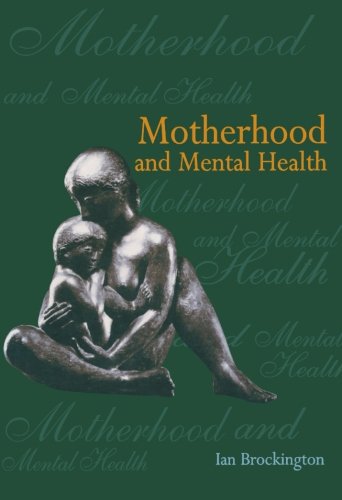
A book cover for Motherhood Mental Health P (Oxford Medical Publications); Ian Brockington; Health, Fitness & Dieting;